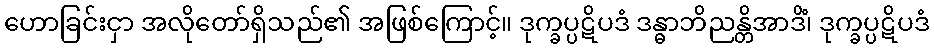
ဟောခြင်းငှာ အလိုတော်ရှိသည်၏ အဖြစ်ကြောင့်။ ဒုက္ခပ္ပဋိပဒံ ဒန္ဓာဘိညန္တိအာဒိံ၊ ဒုက္ခပ္ပဋိပဒံ